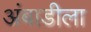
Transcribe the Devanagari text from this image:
अंबाडीला